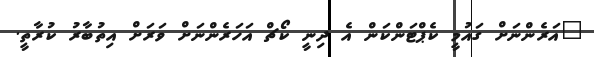
"އަަރެންނަށް ގައުމީ ކެޕްޓަންކަން އެ ދިނީ ކޯޗް އަހަރެންނަށް ވަރަށް އިތުބާރު ކުރާތީ.